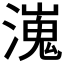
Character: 𤀖